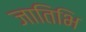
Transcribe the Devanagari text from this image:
जातिभि